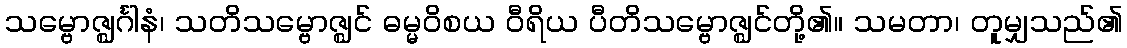
သမ္ဗောဇ္ဈင်္ဂါနံ၊ သတိသမ္ဗောဇ္ဈင် ဓမ္မဝိစယ ဝီရိယ ပီတိသမ္ဗောဇ္ဈင်တို့၏။ သမတာ၊ တူမျှသည်၏